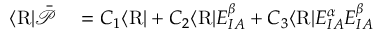
\begin{array} { r l } { \langle \mathrm { R } \vert { \bar { \mathcal { P } } } } & { { } = C _ { 1 } \langle \mathrm { R } \vert + C _ { 2 } \langle \mathrm { R } \vert E _ { I A } ^ { \beta } + C _ { 3 } \langle \mathrm { R } \vert E _ { I A } ^ { \alpha } E _ { I A } ^ { \beta } } \end{array}